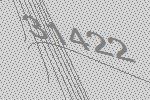
31422